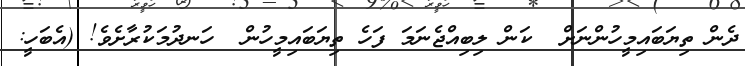
ދެން ތިޔަބައިމީހުންނަށް  ކަން ލިބިއްޖެނަމަ ފަހެ ތިޔަބައިމީހުން  ހަނދުމަކުރާށެވެ! (އެބަހީ: